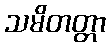
သမိတတ္တာ